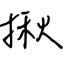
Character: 揪